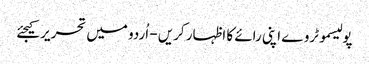
پولیسموٹروے اپنی رائے کا اظہار کریں - اُردو میں تحریر کیجئے